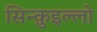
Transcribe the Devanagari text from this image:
सिन्क़ुइल्लो